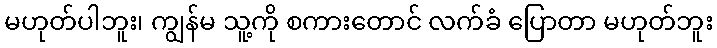
မဟုတ်ပါဘူး၊ ကျွန်မ သူ့ကို စကားတောင် လက်ခံ ပြောတာ မဟုတ်ဘူး